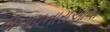
બનાવનારાઓની